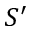
S ^ { \prime }